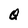
Character: Q